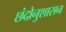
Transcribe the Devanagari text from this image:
छंदोनुशासन